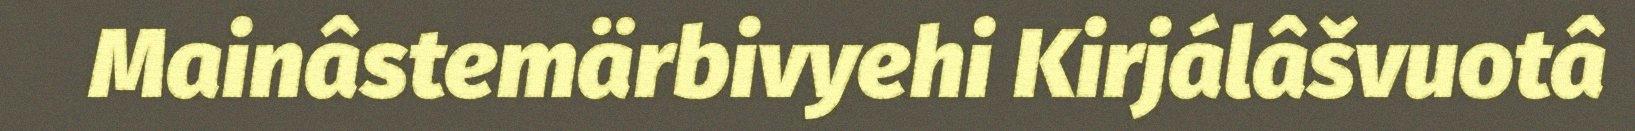
Mainâstemärbivyehi Kirjálâšvuotâ